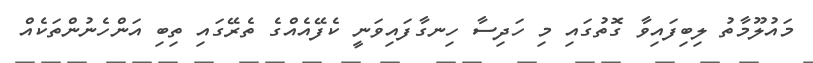
މައުލޫމާތު ލިބިފައިވާ ގޮތުގައި މި ހަދިސާ ހިނގާފައިވަނީ ކެފޭއެއްގެ ތެރޭގައި ތިބި އަންހެނުންތަކެއް